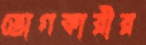
ভোগকারীর